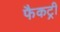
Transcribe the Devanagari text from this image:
फैकट्री